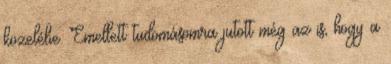
közelébe. Emellett tudomásomra jutott még az is, hogy a